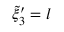
\tilde { \xi } _ { 3 } ^ { \prime } = l